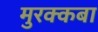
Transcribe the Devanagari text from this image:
मुरक्कबा